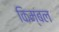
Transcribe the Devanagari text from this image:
किम्बल